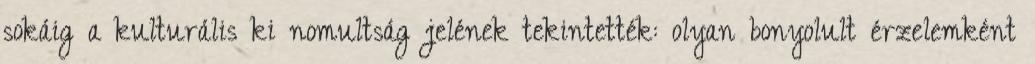
sokáig a kulturális kiﬁnomultság jelének tekintették: olyan bonyolult érzelemként